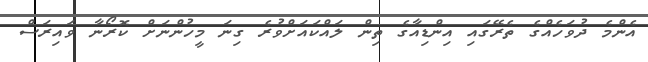
އެންމެ ދުވަހެއްގެ ތެރޭގައި އިންޑިއާގެ ތިން ލައްކައަށްވުރެ ގިނަ މީހުންނަށް ކޮރޯނާ ވައިރަސް